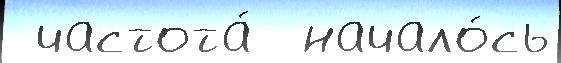
 частота́  начало́сь